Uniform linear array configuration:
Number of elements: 64
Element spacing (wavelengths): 0.25
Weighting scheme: hamming
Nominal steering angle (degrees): -30
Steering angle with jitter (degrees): -31.467
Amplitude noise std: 0.05
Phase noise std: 0.05

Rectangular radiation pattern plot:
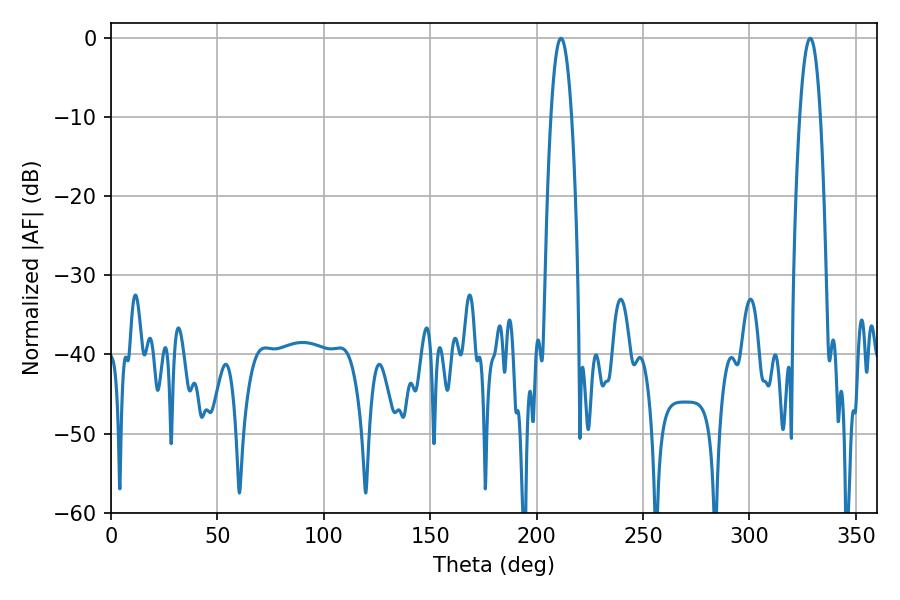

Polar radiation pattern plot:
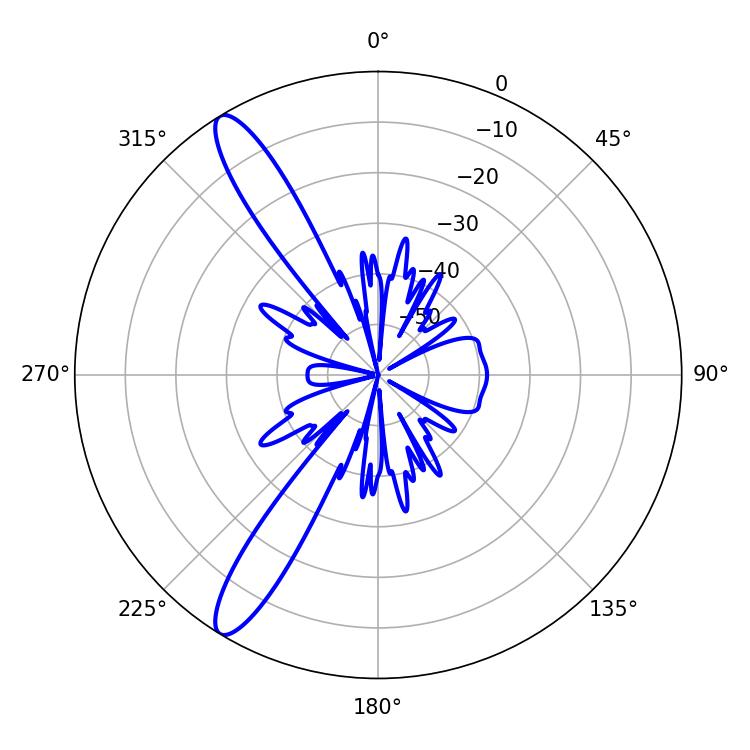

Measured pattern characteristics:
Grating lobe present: FALSE
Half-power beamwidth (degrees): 5.4
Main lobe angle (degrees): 328.5